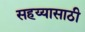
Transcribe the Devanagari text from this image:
सहय्यासाठी